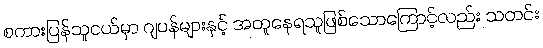
စကားပြန်သူငယ်မှာ ဂျပန်များနှင့် အတူနေရသူဖြစ်သောကြောင့်လည်း သတင်း